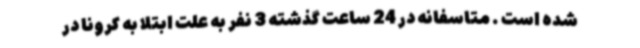
شده است . متاسفانه در 24 ساعت گذشته 3 نفر به علت ابتلا به کرونا در